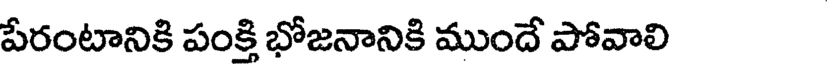
పేరంటానికి పంక్తి భోజనానికి ముందే పోవాలి